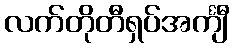
လက်တိုတီရှပ်အင်္ကျီ